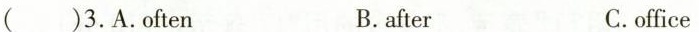
( )3.A.often B.after C.office